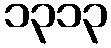
၁၃၁၃